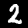
Digit: 2